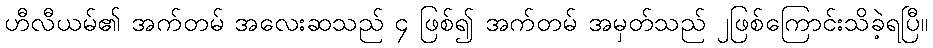
ဟီလီယမ်၏ အက်တမ် အလေးဆသည် ၄ ဖြစ်၍ အက်တမ် အမှတ်သည် ၂ဖြစ်ကြောင်းသိခဲ့ရပြီ။